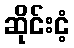
ဆိုင်းငံ့